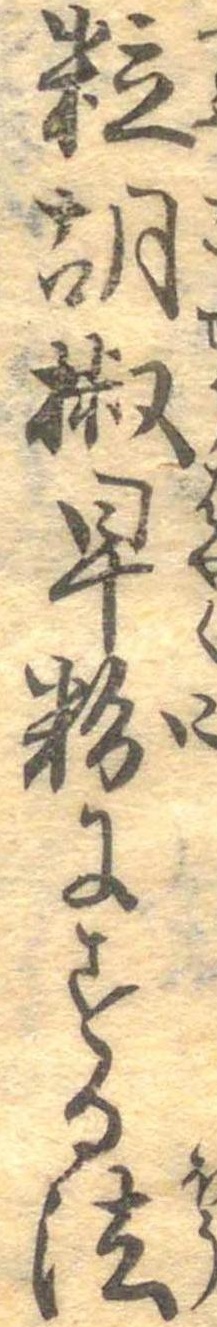
粒胡椒早粉にする法